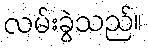
လမ်းခွဲသည်။